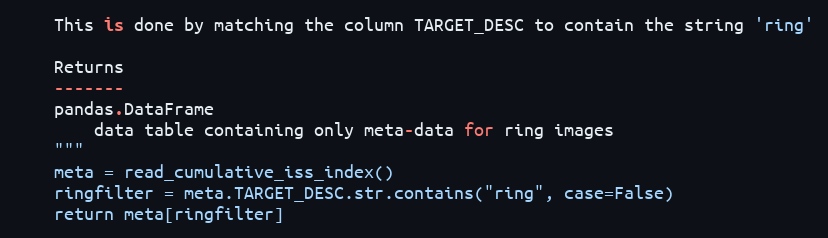
Language: Python
    This is done by matching the column TARGET_DESC to contain the string 'ring'

    Returns
    -------
    pandas.DataFrame
        data table containing only meta-data for ring images
    """
    meta = read_cumulative_iss_index()
    ringfilter = meta.TARGET_DESC.str.contains("ring", case=False)
    return meta[ringfilter]